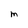
Character: m